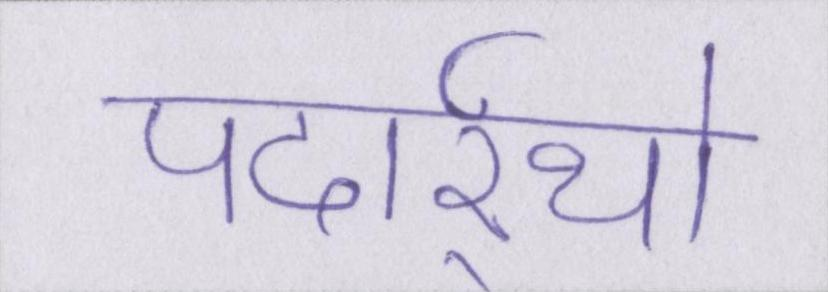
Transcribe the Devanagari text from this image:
पदार्र्थो